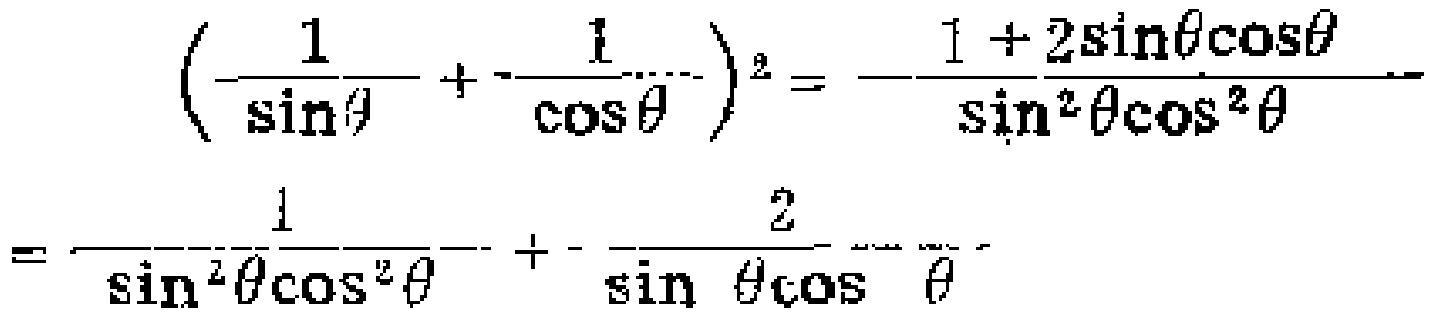
\[\left(\frac{1}{\sin\theta}+\frac{1}{\cos\theta}\right)^2=\frac{1 + 2\sin\theta\cos\theta}{\sin^{2}\theta\cos^{2}\theta}=\frac{1}{\sin^{2}\theta\cos^{2}\theta}+\frac{2}{\sin\theta\cos\theta}\]